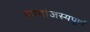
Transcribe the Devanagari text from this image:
सामांजस्यपूर्ण